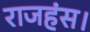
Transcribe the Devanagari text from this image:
राजहंस।